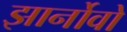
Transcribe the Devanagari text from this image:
झार्नोवो